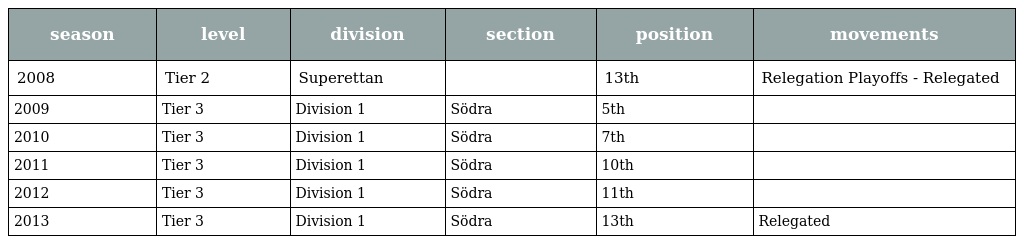
| season | level | division | section | position | movements |
 | --- | --- | --- | --- | --- | --- |
 | 2008 | Tier 2 | Superettan |  | 13th | Relegation Playoffs - Relegated |
 | 2009 | Tier 3 | Division 1 | Södra | 5th |  |
 | 2010 | Tier 3 | Division 1 | Södra | 7th |  |
 | 2011 | Tier 3 | Division 1 | Södra | 10th |  |
 | 2012 | Tier 3 | Division 1 | Södra | 11th |  |
 | 2013 | Tier 3 | Division 1 | Södra | 13th | Relegated |